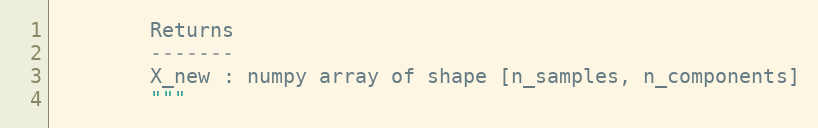
Language: Python
        Returns
        -------
        X_new : numpy array of shape [n_samples, n_components]
        """